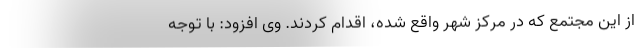
از این مجتمع که در مرکز شهر واقع شده، اقدام کردند. وی افزود: با توجه